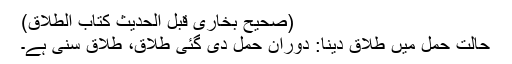
(صحیح بخاری قبل الحدیث کتاب الطلاق)
حالت حمل میں طلاق دینا: دوران حمل دی گئی طلاق، طلاق سنی ہے۔